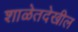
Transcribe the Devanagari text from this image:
शाळेतदेखील